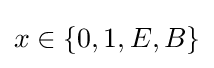
{\textstyle x\in \{0,1,E,B\}}